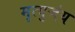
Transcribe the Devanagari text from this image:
मृत्युजंय